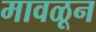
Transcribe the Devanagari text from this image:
मावळून